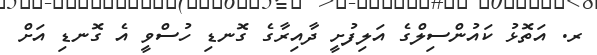
ރ. އަތޮޅު ކައުންސިލްގެ އަލިފުށީ ދާއިރާގެ ގޮނޑި ހުސްވީ އެ ގޮނޑި އަށް